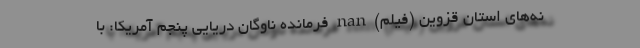
نه‌های استان قزوین (فیلم) nan فرمانده ناوگان دریایی پنجم آمریکا: با